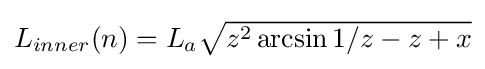
{\textstyle L_{inner}(n)=L_{a}{\sqrt {z^{2}\arcsin 1/z-z+x}}}